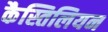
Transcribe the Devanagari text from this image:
कैस्तिलियन